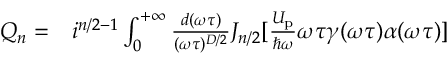
\begin{array} { r l } { { Q } _ { n } = } & { { } i ^ { n / 2 - 1 } \int _ { 0 } ^ { + \infty } \frac { d ( \omega \tau ) } { ( \omega \tau ) ^ { D / 2 } } J _ { n / 2 } [ \frac { U _ { \mathrm { p } } } { \hbar \omega } \omega \tau \gamma ( \omega \tau ) \alpha ( \omega \tau ) ] } \end{array}